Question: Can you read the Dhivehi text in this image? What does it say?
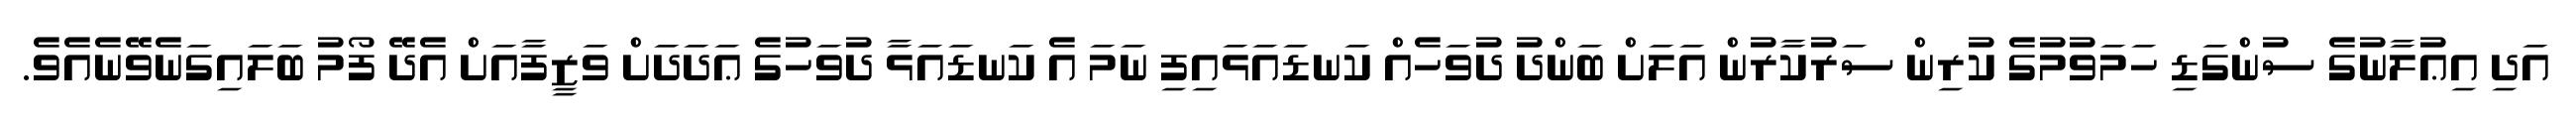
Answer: އަދި އިޢުލާނުގެ ސުންގަޑި ހަމަވުމުގެ ކުރިން ސަރުކާރުން އަލަށް ބަންދު ދުވަހެއް ކަނޑައަޅައިފި ނަމަ އެ ކަނޑައަޅާ ދުވަހުގެ ޢަދަދަށް ވަޒީފާއަށް އެދޭ ފޯމު ބަލައިގަނެވޭނެއެވެ.